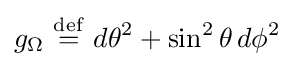
g_{\Omega }\ {\stackrel {\mathrm {def} }{=}}\ d\theta ^{2}+\sin ^{2}\theta \,d\phi ^{2}